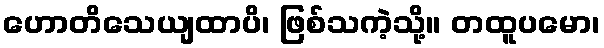
ဟောတိသေယျထာပိ၊ ဖြစ်သကဲ့သို့။ တထူပမော၊